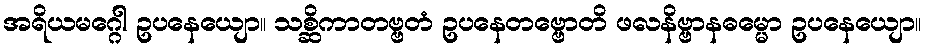
အရိယမဂ္ဂေါ ဥပနေယျော။ သစ္ဆိကာတဗ္ဗတံ ဥပနေတဗ္ဗောတိ ဖလနိဗ္ဗာနဓမ္မော ဥပနေယျော။